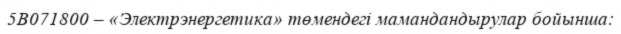
5В071800 – «Электрэнергетика» төмендегі мамандандырулар бойынша: